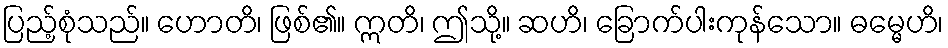
ပြည့်စုံသည်။ ဟောတိ၊ ဖြစ်၏။ ဣတိ၊ ဤသို့။ ဆဟိ၊ ခြောက်ပါးကုန်သော။ ဓမ္မေဟိ၊